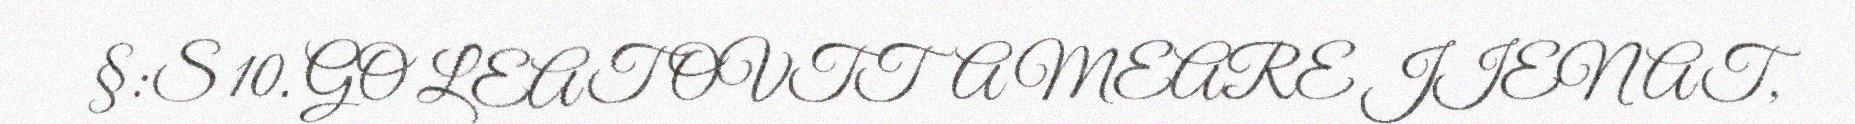
§:S 10. GO LEAT OVTTA MEARE JIENAT,